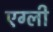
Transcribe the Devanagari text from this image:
एग्ली